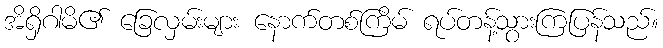
အိရှိဂါမိ၏ ခြေလှမ်းများ နောက်တစ်ကြိမ် ရပ်တန့်သွားကြပြန်သည်။